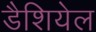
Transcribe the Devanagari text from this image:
डैशियेल